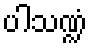
ပါသဏ္ဍံ